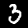
Digit: 3